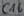
Text: C16